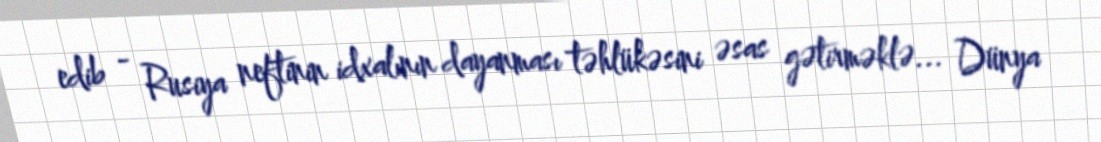
edib - Rusiya neftinin idxalının dayanması təhlükəsini əsas gətirməklə... Dünya